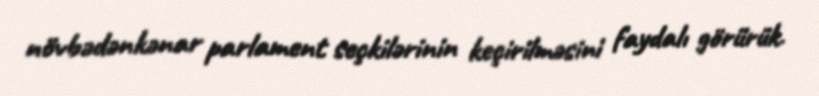
növbədənkənar parlament seçkilərinin keçirilməsini faydalı görürük.